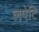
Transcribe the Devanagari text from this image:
लपेटि